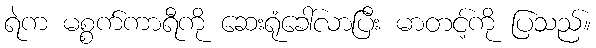
ရဲက မစ္စက်ကာရီကို ဆေးရုံခေါ်လာပြီး မာတင့်ကို ပြသည်။